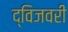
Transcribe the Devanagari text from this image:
द्विजवरी